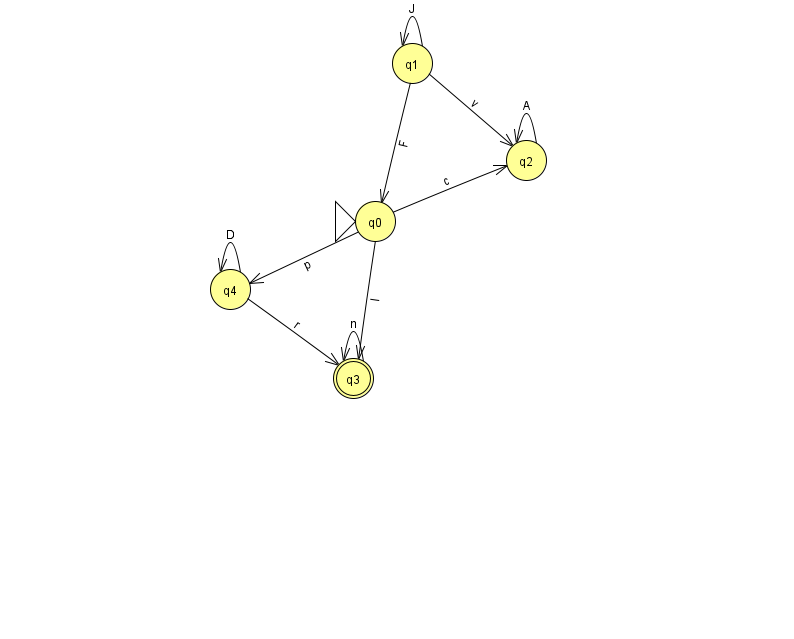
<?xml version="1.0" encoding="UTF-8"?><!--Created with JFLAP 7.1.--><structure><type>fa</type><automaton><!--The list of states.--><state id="0" name="q0"><x>375.0</x><y>208.0</y><initial/></state><state id="1" name="q1"><x>412.0</x><y>50.0</y></state><state id="2" name="q2"><x>526.0</x><y>147.0</y></state><state id="3" name="q3"><x>353.0</x><y>365.0</y><final/></state><state id="4" name="q4"><x>230.0</x><y>276.0</y></state><!--The list of transitions.--><transition><from>2</from><to>2</to><read>A</read></transition><transition><from>4</from><to>4</to><read>D</read></transition><transition><from>1</from><to>2</to><read>v</read></transition><transition><from>0</from><to>3</to><read>l</read></transition><transition><from>1</from><to>1</to><read>J</read></transition><transition><from>0</from><to>4</to><read>p</read></transition><transition><from>1</from><to>0</to><read>F</read></transition><transition><from>0</from><to>2</to><read>c</read></transition><transition><from>3</from><to>3</to><read>n</read></transition><transition><from>4</from><to>3</to><read>r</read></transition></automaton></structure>